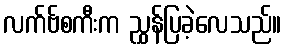
လက်ဗ်စကီးက ညွှန်ပြခဲ့လေသည်။